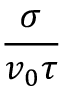
\frac { \sigma } { v _ { 0 } \tau }